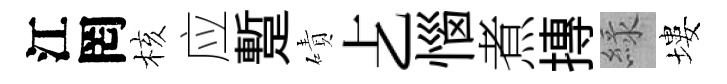
江罔核应蹔磧𠧒惱煮摶緑塿